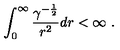
\int _ { 0 } ^ { \infty } { { \frac { \gamma ^ { - { \frac { 1 } { 2 } } } } { r ^ { 2 } } } } d r < \infty \ .